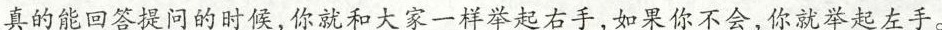
真的能回答提问的时候，你就和大家一样举起右手，如果你不会，你就举起左手。